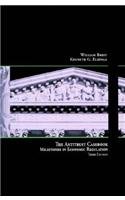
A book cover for The Antitrust Casebook: Milestones in Economic Regulation (Dryden Press Series in Economics); William Breit; Law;